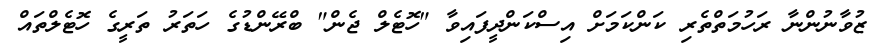
ޒުވާނުންނާ ރަހުމަތްތެރި ކަންކަމަށް އިސްކަންދީފައިވާ "ހޮޓެލް ޖެން" ބްރޭންޑުގެ ހަތަރު ތަރީގެ ހޮޓެލްތައް